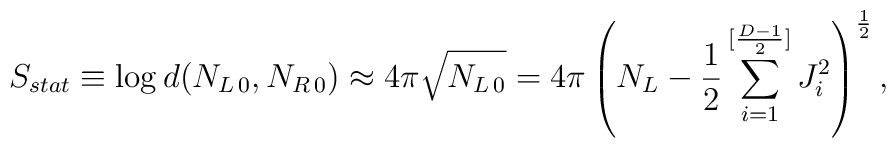
S_{stat} \equiv \log d(N_{L\,0},N_{R\,0})\approx4\pi\sqrt{N_{L\,0}} = 4\pi\left(N_L - {1\over {2}}\sum_{i=1}^{[{{D-1}\over 2}]}J_i^2\right)^{1\over 2},